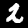
Digit: 2